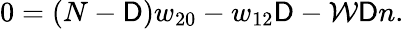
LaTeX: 0=\left(N-\mathsf{D}\right)w_{20}-w_{12}\mathsf{D}-\mathcal{W}\mathsf{D}n.